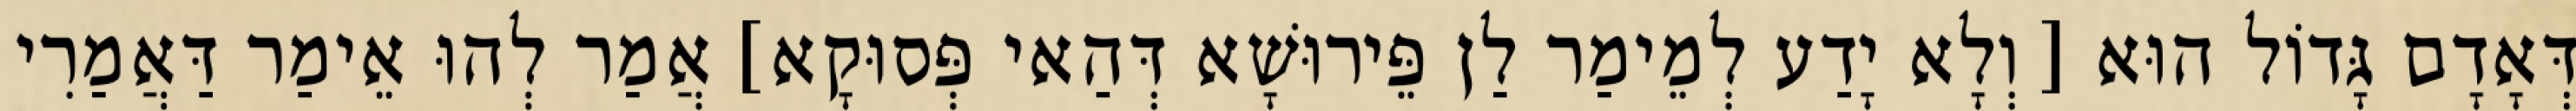
דְּאָדָם גָּדוֹל הוּא [ וְלָא יָדַע לְמֵימַר לַן פֵּירוּשָׁא דְּהַאי פְּסוּקָא] אֲמַר לְהוּ אֵימַר דַּאֲמַרִי